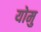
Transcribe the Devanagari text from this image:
योमु